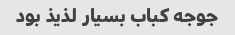
جوجه کباب بسیار لذیذ بود